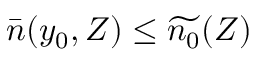
\bar { n } ( y _ { 0 } , Z ) \le \widetilde { n _ { 0 } } ( Z )